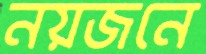
নয়জনে